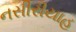
નસીરીયાહ